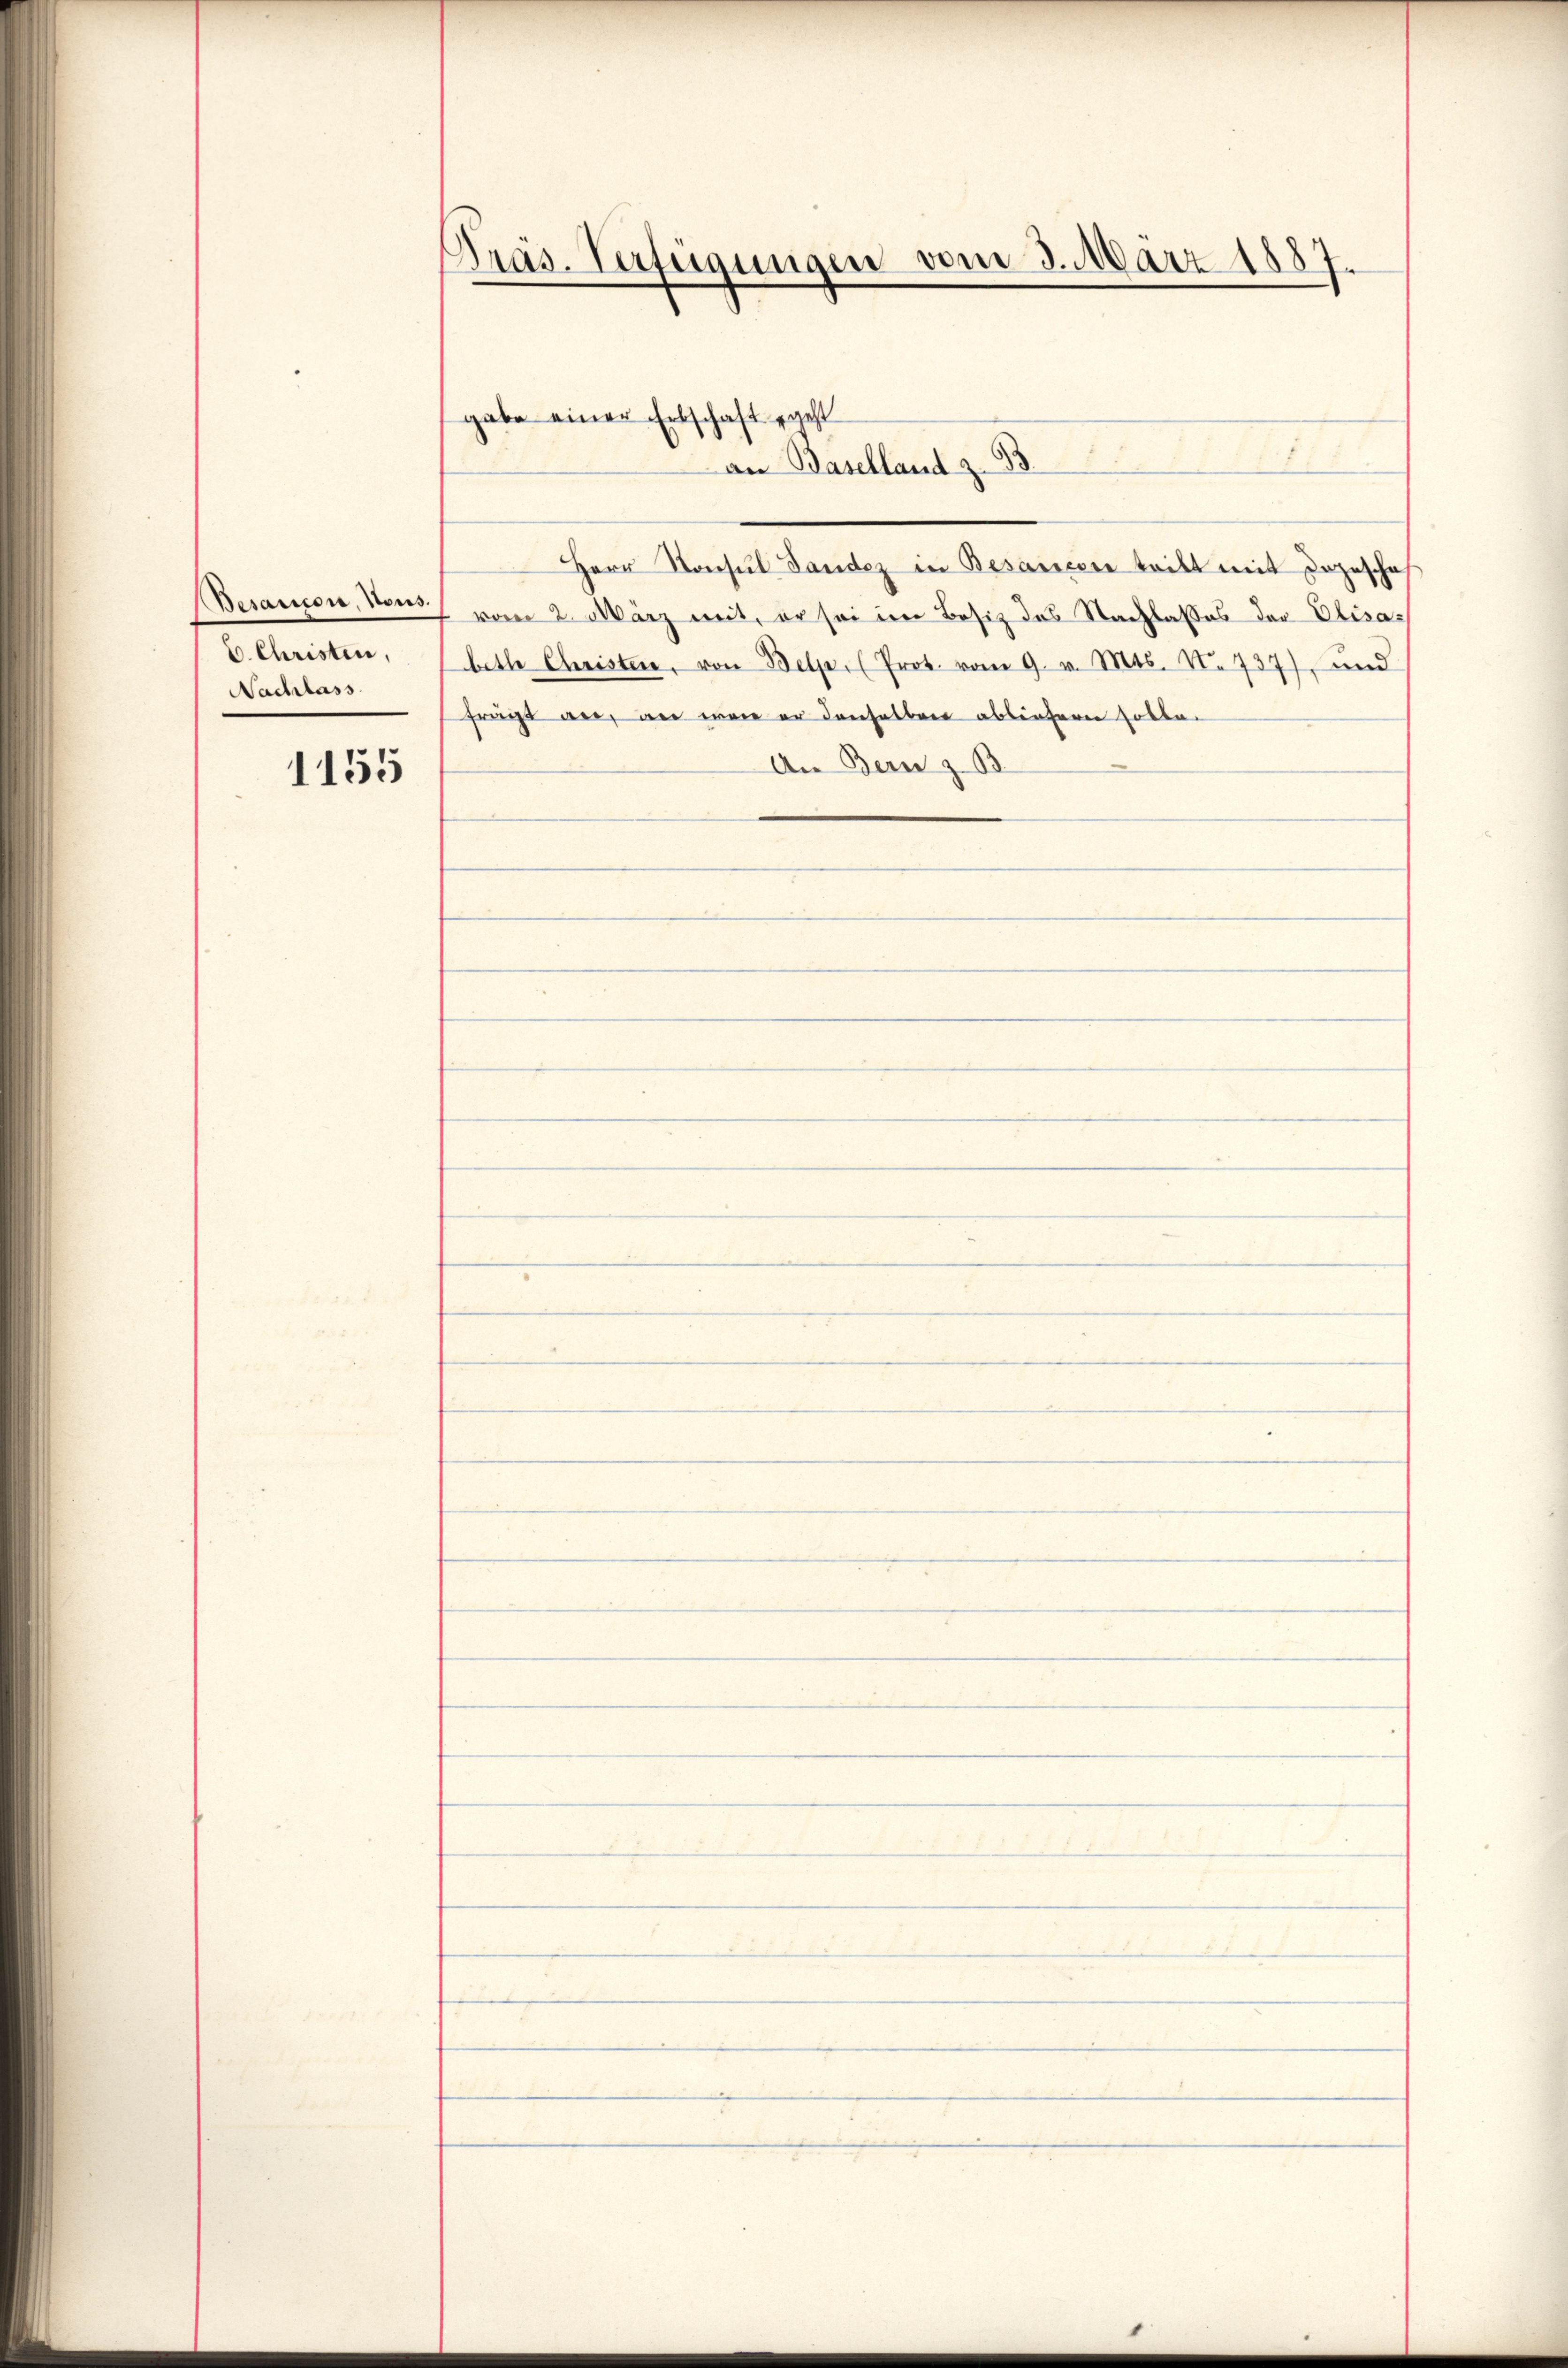
Desarion, Nous.
v. Christen,
Nachlass

1155

Präs. Verfügungen vom 3. März 1887.

Herr Konsul Landez in Besareser tritt mit Depeschaf
vom 2. März mit, er sei im Besitz des Nachlasses der Elisabeth Christen, von Belp, (Prot. vom 9. v. Mts. N. 737), und
frägt an, an wäre er denselben abbintern solle¬
An Bern z. B.

gabe einer Erbschaft geht
an Baselland z. 33